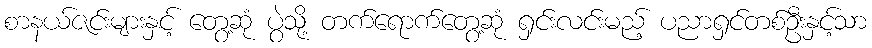
စာနယ်ဇင်းများနှင့် တွေ့ဆုံ ပွဲသို့ တက်ရောက်တွေ့ဆုံ ရှင်းလင်းမည့် ပညာရှင်တစ်ဦးနှင့်သာ